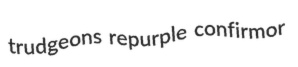
trudgeons repurple confirmor